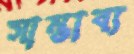
সাম্ভাব্য